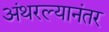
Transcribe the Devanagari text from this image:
अंथरल्यानंतर